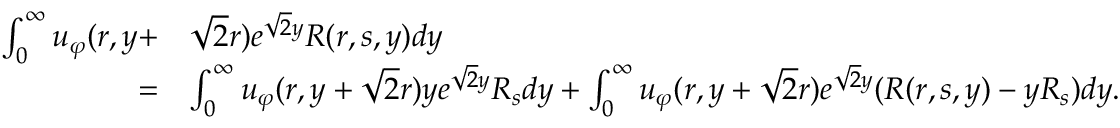
\begin{array} { r l } { \int _ { 0 } ^ { \infty } u _ { \varphi } ( r , y + } & { \sqrt { 2 } r ) e ^ { \sqrt { 2 } y } R ( r , s , y ) d y } \\ { = } & { \int _ { 0 } ^ { \infty } u _ { \varphi } ( r , y + \sqrt { 2 } r ) y e ^ { \sqrt { 2 } y } R _ { s } d y + \int _ { 0 } ^ { \infty } u _ { \varphi } ( r , y + \sqrt { 2 } r ) e ^ { \sqrt { 2 } y } ( R ( r , s , y ) - y R _ { s } ) d y . } \end{array}